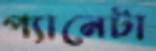
প্যানেটা